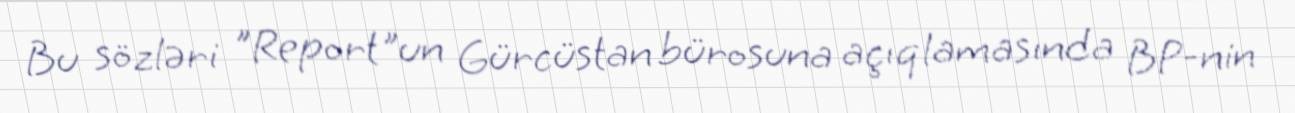
Bu sözləri "Report"un Gürcüstan bürosuna açıqlamasında BP-nin